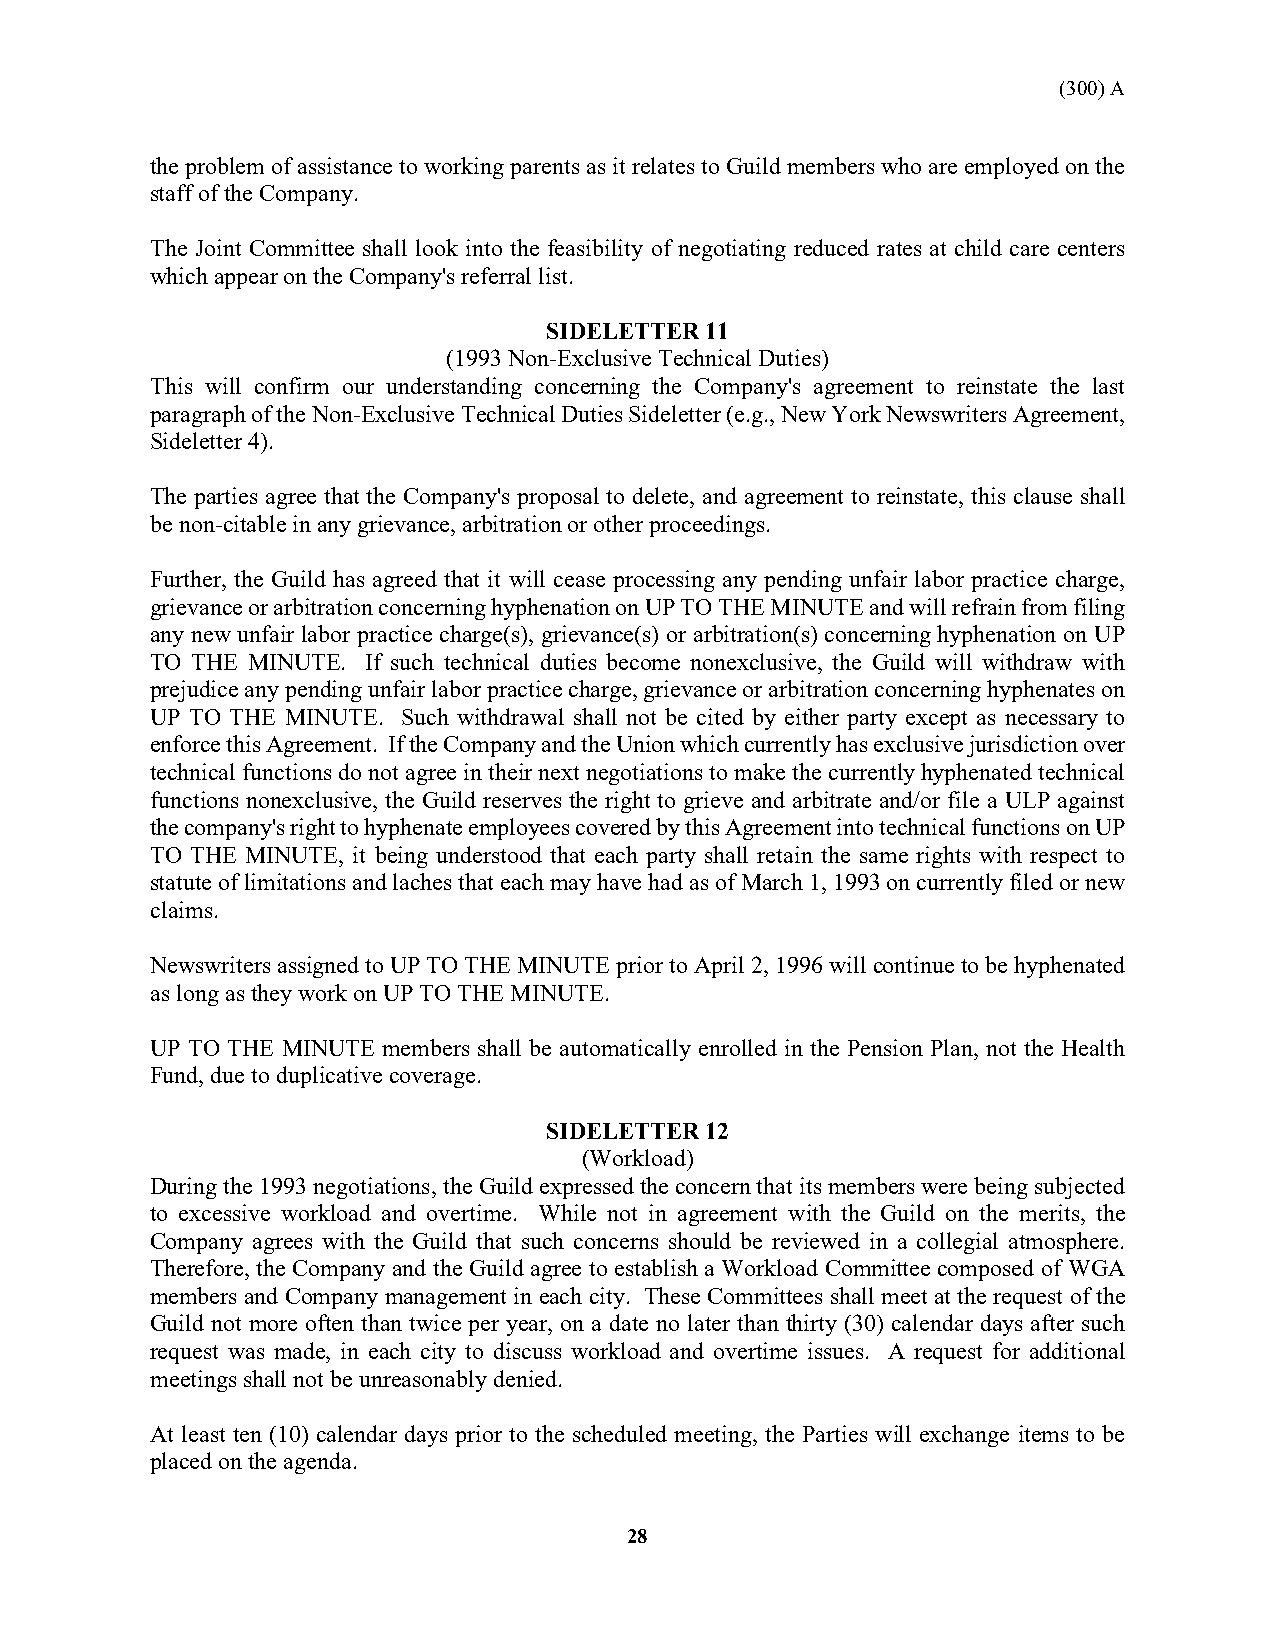
(300) A
 the problem of assistance to working parents as it relates to Guild members who are employed on the
 staff of the Company.
 The Joint Committee shall look into the feasibility of negotiating reduced rates at child care centers
 which appear on the Company's referral list.
 SIDELETTER 11
 (1993 Non-Exclusive Technical Duties)
 This will confirm our understanding concerning the Company's agreement to reinstate the last
 paragraph of the Non-Exclusive Technical Duties Sideletter (e.g., New York Newswriters Agreement,
 Sideletter 4).
 The parties agree that the Company's proposal to delete, and agreement to reinstate, this clause shall
 be non-citable in any grievance, arbitration or other proceedings.
 Further, the Guild has agreed that it will cease processing any pending unfair labor practice charge,
 grievance or arbitration concerning hyphenation on UP TO THE MINUTE and will refrain from filing
 any new unfair labor practice charge(s), grievance(s) or arbitration(s) concerning hyphenation on UP
 TO THE MINUTE. If such technical duties become nonexclusive, the Guild will withdraw with
 prejudice any pending unfair labor practice charge, grievance or arbitration concerning hyphenates on
 UP TO THE MINUTE. Such withdrawal shall not be cited by either party except as necessary to
 enforce this Agreement. If the Company and the Union which currently has exclusive jurisdiction over
 technical functions do not agree in their next negotiations to make the currently hyphenated technical
 functions nonexclusive, the Guild reserves the right to grieve and arbitrate and/or file a ULP against
 the company's right to hyphenate employees covered by this Agreement into technical functions on UP
 TO THE MINUTE, it being understood that each party shall retain the same rights with respect to
 statute of limitations and laches that each may have had as of March 1, 1993 on currently filed or new
 claims.
 Newswriters assigned to UP TO THE MINUTE prior to April 2, 1996 will continue to be hyphenated
 as long as they work on UP TO THE MINUTE.
 UP TO THE MINUTE members shall be automatically enrolled in the Pension Plan, not the Health
 Fund, due to duplicative coverage.
 SIDELETTER 12
 (Workload)
 During the 1993 negotiations, the Guild expressed the concern that its members were being subjected
 to excessive workload and overtime. While not in agreement with the Guild on the merits, the
 Company agrees with the Guild that such concerns should be reviewed in a collegial atmosphere.
 Therefore, the Company and the Guild agree to establish a Workload Committee composed of WGA
 members and Company management in each city. These Committees shall meet at the request of the
 Guild not more often than twice per year, on a date no later than thirty (30) calendar days after such
 request was made, in each city to discuss workload and overtime issues. A request for additional
 meetings shall not be unreasonably denied.
 At least ten (10) calendar days prior to the scheduled meeting, the Parties will exchange items to be
 placed on the agenda.
 28